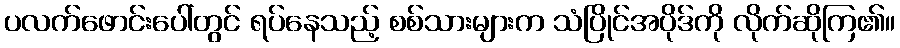
ပလက်ဖောင်းပေါ်တွင် ရပ်နေသည့် စစ်သားများက သံပြိုင်အပိုဒ်ကို လိုက်ဆိုကြ၏။